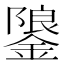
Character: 𮢳